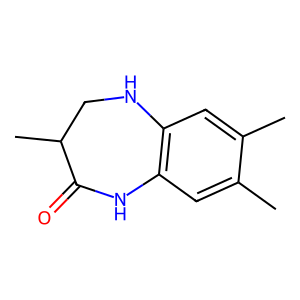
SMILES: Cc1cc2c(cc1C)NC(=O)C(C)CN2
Inhibits HIV replication: No